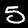
Digit: 5